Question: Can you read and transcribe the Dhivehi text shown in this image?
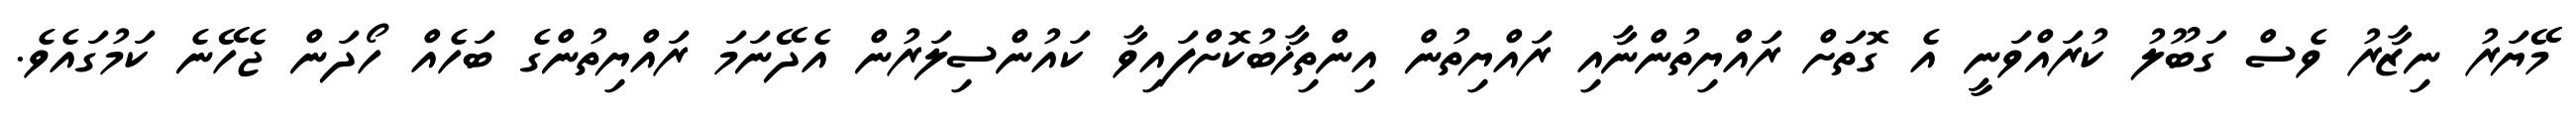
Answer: މޭޔަރު ނިޒާރު ވެސް ގަބޫލު ކުރައްވަނީ އެ ގޮތަށް ރައްޔިތުންނާއި ރައްޔިތުން އިންތިޚާބުކޮށްފައިވާ ކައުންސިލަރުން އެދޭނަމަ ރައްޔިތުންގެ ބަހެއް ހޯދަން ޖެހޭނެ ކަމުގައެވެ.